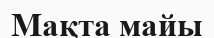
Мақта майы